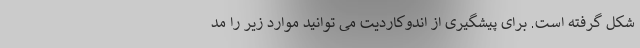
شکل گرفته است. برای پیشگیری از اندوکاردیت می توانید موارد زیر را مد